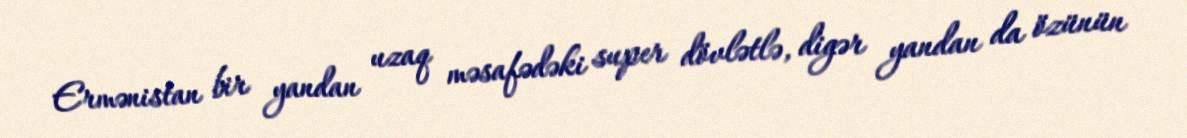
Ermənistan bir yandan uzaq məsafədəki super dövlətlə, digər yandan da özünün